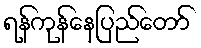
ရန်ကုန်နေပြည်တော်